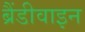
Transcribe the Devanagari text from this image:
ब्रैंडीवाइन